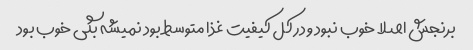
برنجش اصلا خوب نبود و در کل کیفیت غذا متوسط بود نمیشه بگی خوب بود